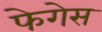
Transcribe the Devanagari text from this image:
फेगेस